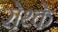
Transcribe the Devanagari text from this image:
रोथ्के